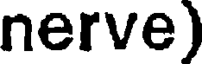
nerve)